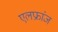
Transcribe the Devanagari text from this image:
एलफ्रांज